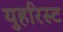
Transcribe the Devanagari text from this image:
युहरिस्ट